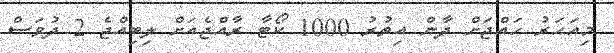
މިއަހަރު ހައްޖަށް ދާން އިތުރު 1000 ކޯޓާ ރާއްޖެއަށް ލިބިއްޖެ 2 ދުވަސް